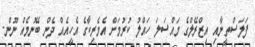
ފަލަސްތީނާއި އިޒްރޭލްގެ މައްސަލަ ހައްލު ކުރުމަށް އެމެރިކާގެ އެހީއެއް ދެން ބޭނުމެއް ނޫން-